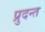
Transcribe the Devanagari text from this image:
प्रुदन्त